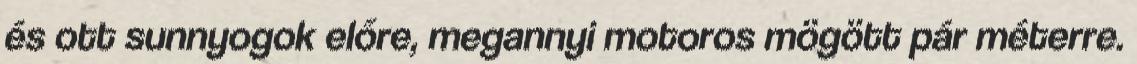
és ott sunnyogok előre, megannyi motoros mögött pár méterre.